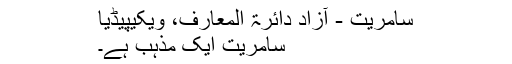
سامریت - آزاد دائرۃ المعارف، ویکیپیڈیا
سامریت ایک مذہب ہے۔